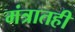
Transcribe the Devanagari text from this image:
मंत्रातही